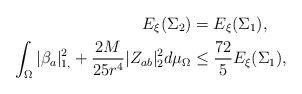
\begin{align*}E_{\xi}(\Sigma_2)={}&E_{\xi}(\Sigma_1),\\\int_{\Omega} \vert \beta_{a}\vert^2_{1,}+\frac{2 M}{25 r^4}\vert Z_{ab}\vert^2_{2} d\mu_{\Omega}\leq{}& \frac{72}{5}E_{\xi}(\Sigma_1), \end{align*}